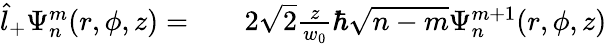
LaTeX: \begin{array}{rlr}{\hat{l}_{+}\Psi_{n}^{m}(r,\phi,z)=}&{{}}&{2\sqrt{2}\frac{z}{w_{0}}\hbar\sqrt{n-m}\Psi_{n}^{m+1}(r,\phi,z)}\end{array}